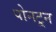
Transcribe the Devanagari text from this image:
पोनटून